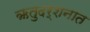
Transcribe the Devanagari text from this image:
ऋतुदर्शनात